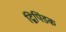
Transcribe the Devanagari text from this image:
द्विपिंडक